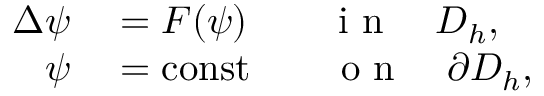
\begin{array} { r l } { \Delta \psi } & { { } = F ( \psi ) \qquad \mathrm { ~ i ~ n ~ } \quad D _ { h } , } \\ { \psi } & { { } = \mathrm { c o n s t } \qquad \mathrm { ~ o ~ n ~ } \quad \partial D _ { h } , } \end{array}